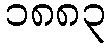
၁၈၈၃